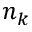
n _ { k }